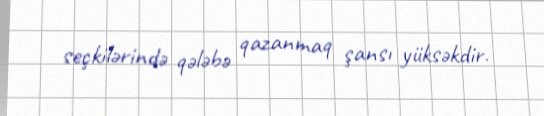
seçkilərində qələbə qazanmaq şansı yüksəkdir.